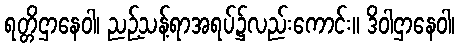
ရတ္တိဌာနေဝါ၊ ညဉ့်သန့်ရာအရပ်၌လည်းကောင်း။ ဒိဝါဌာနေဝါ၊